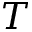
T